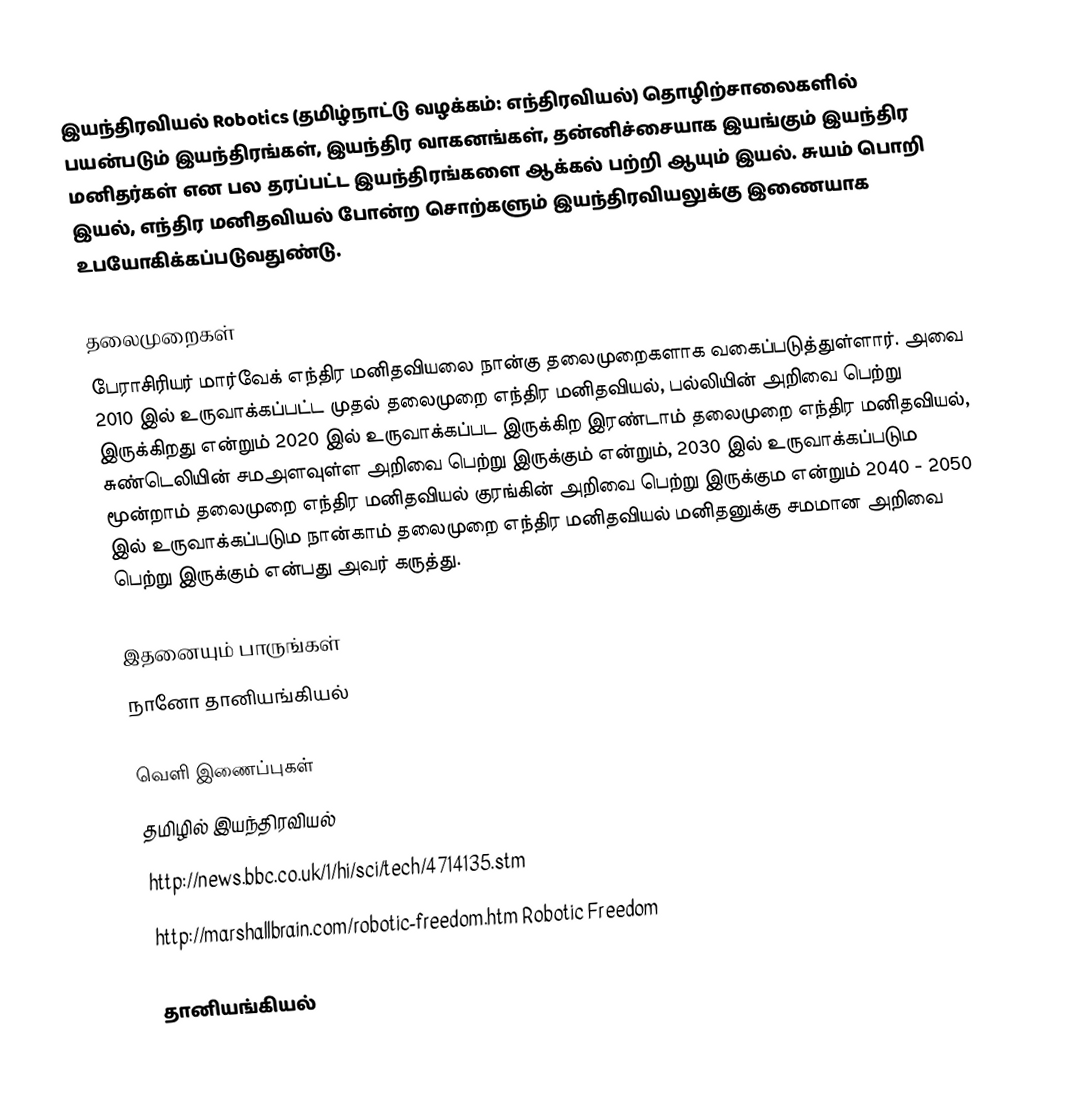
இயந்திரவியல் Robotics (தமிழ்நாட்டு வழக்கம்: எந்திரவியல்) தொழிற்சாலைகளில் பயன்படும் இயந்திரங்கள், இயந்திர வாகனங்கள், தன்னிச்சையாக இயங்கும் இயந்திர மனிதர்கள் என பல தரப்பட்ட இயந்திரங்களை ஆக்கல் பற்றி ஆயும் இயல். சுயம் பொறி இயல், எந்திர மனிதவியல் போன்ற சொற்களும் இயந்திரவியலுக்கு இணையாக உபயோகிக்கப்படுவதுண்டு.

தலைமுறைகள்
பேராசிரியர் மார்வேக் எந்திர மனிதவியலை நான்கு தலைமுறைகளாக வகைப்படுத்துள்ளார். அவை 2010 இல் உருவாக்கப்பட்ட முதல் தலைமுறை எந்திர மனிதவியல், பல்லியின் அறிவை பெற்று இருக்கிறது என்றும் 2020 இல் உருவாக்கப்பட இருக்கிற இரண்டாம் தலைமுறை எந்திர மனிதவியல், சுண்டெலியின் சமஅளவுள்ள அறிவை பெற்று இருக்கும் என்றும், 2030 இல் உருவாக்கப்படும மூன்றாம் தலைமுறை எந்திர மனிதவியல் குரங்கின் அறிவை பெற்று இருக்கும என்றும் 2040 - 2050 இல் உருவாக்கப்படும நான்காம் தலைமுறை எந்திர மனிதவியல் மனிதனுக்கு சமமான அறிவை பெற்று இருக்கும் என்பது அவர் கருத்து.

இதனையும் பாருங்கள்
நானோ தானியங்கியல்

வெளி இணைப்புகள்
 தமிழில் இயந்திரவியல்
 http://news.bbc.co.uk/1/hi/sci/tech/4714135.stm
 http://marshallbrain.com/robotic-freedom.htm Robotic Freedom

தானியங்கியல்